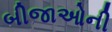
બીજાઓની